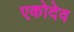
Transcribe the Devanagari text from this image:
एकोदेव